Indian journal of veterinary science and animal husbandry - Volume 12,
Year: 1942
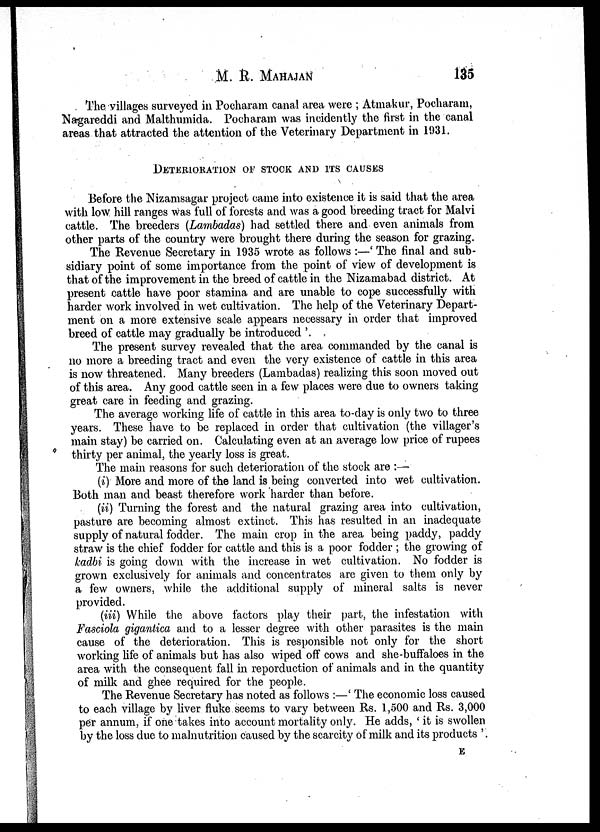
M. R. MAHAJAN 135
The villages surveyed in Pocharam canal area were ; Atmakur, Pocharam,
Nagareddi and Malthumida. Pocharam was incidently the first in the canal
areas that attracted the attention of the Veterinary Department in 1931.
DETERIORATION OF STOCK AND ITS CAUSES
Before the Nizamsagar project came into existence it is said that the area
with low hill ranges was full of forests and was a good breeding tract for Malvi
cattle. The breeders (Lambadas) had settled there and even animals from
other parts of the country were brought there during the season for grazing.
The Revenue Secretary in 1935 wrote as follows :—' The final and sub-
sidiary point of some importance from the point of view of development is
that of the improvement in the breed of cattle in the Nizamabad district. At
present cattle have poor stamina and are unable to cope successfully with
harder work involved in wet cultivation. The help of the Veterinary Depart-
ment on a more extensive scale appears necessary in order that improved
breed of cattle may gradually be introduced '.
The present survey revealed that the area commanded by the canal is
no more a breeding tract and even the very existence of cattle in this area
is now threatened. Many breeders (Lambadas) realizing this soon moved out
of this area. Any good cattle seen in a few places were due to owners taking
great care in feeding and grazing.
The average working life of cattle in this area to-day is only two to three
years. These have to be replaced in order that cultivation (the villager's
main stay) be carried on. Calculating even at an average low price of rupees
thirty per animal, the yearly loss is great.
The main reasons for such deterioration of the stock are :—
(i) More and more of the land is being converted into wet cultivation.
Both man and beast therefore work harder than before.
(ii) Turning the forest and the natural grazing area into cultivation,
pasture are becoming almost extinct. This has resulted in an inadequate
supply of natural fodder. The main crop in the area being paddy, paddy
straw is the chief fodder for cattle and this is a poor fodder ; the growing of
kadbi is going down with the increase in wet cultivation. No fodder is
grown exclusively for animals and concentrates are given to them only by
a few owners, while the additional supply of mineral salts is never
provided.
(iii) While the above factors play their part, the infestation with
Fasciola gigantica and to a lesser degree with other parasites is the main
cause of the deterioration. This is responsible not only for the short
working life of animals but has also wiped off cows and she-buffaloes in the
area with the consequent fall in reporduction of animals and in the quantity
of milk and ghee required for the people.
The Revenue Secretary has noted as follows :—' The economic loss caused
to each village by liver fluke seems to vary between Rs. 1,500 and Rs. 3,000
per annum, if one takes into account mortality only. He adds, ' it is swollen
by the loss due to malnutrition caused by the scarcity of milk and its products '.
E